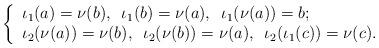
LaTeX: \begin{align*}\left\{\begin{array}{ll}\iota_1(a)=\nu(b), \, \,\, \iota_1(b)=\nu(a), \, \,\, \iota_1(\nu(a))=b;\\\iota_2(\nu(a))=\nu(b), \, \,\, \iota_2(\nu(b))=\nu(a), \, \,\, \iota_2(\iota_1(c))=\nu(c).\end{array}\right.\end{align*}